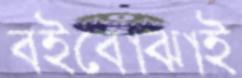
বইবোঝাই